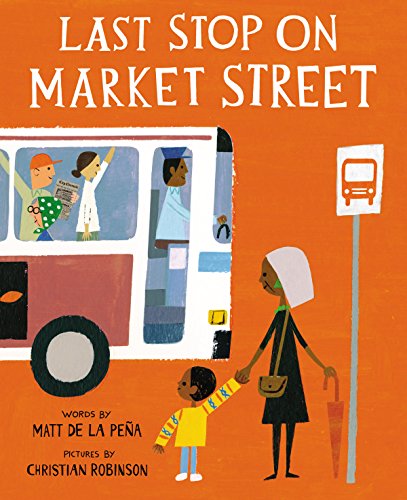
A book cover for Last Stop on Market Street; Matt De La PeÃ±a; Children's Books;